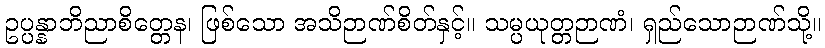
ဥပ္ပန္နာဘိညာစိတ္တေန၊ ဖြစ်သော အသိဉာဏ်စိတ်နှင့်။ သမ္ပယုတ္တဉာဏံ၊ ရှည်သောဉာဏ်သို့။